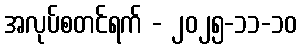
အလုပ်စတင်ရက် - ၂၀၂၅-၁၁-၁၀